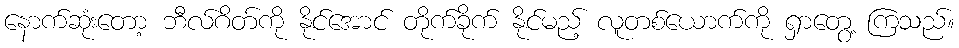
နောက်ဆုံးတော့ ဘီလ်ဂိတ်ကို နိုင်အောင် တိုက်ခိုက် နိုင်မည့် လူတစ်ယောက်ကို ရှာတွေ့ ကြသည်။